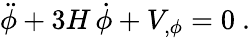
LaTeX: \ddot{\phi}+3H\, \dot{\phi}+V_{,\phi}=0\ .